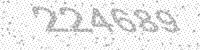
Solution: 224689